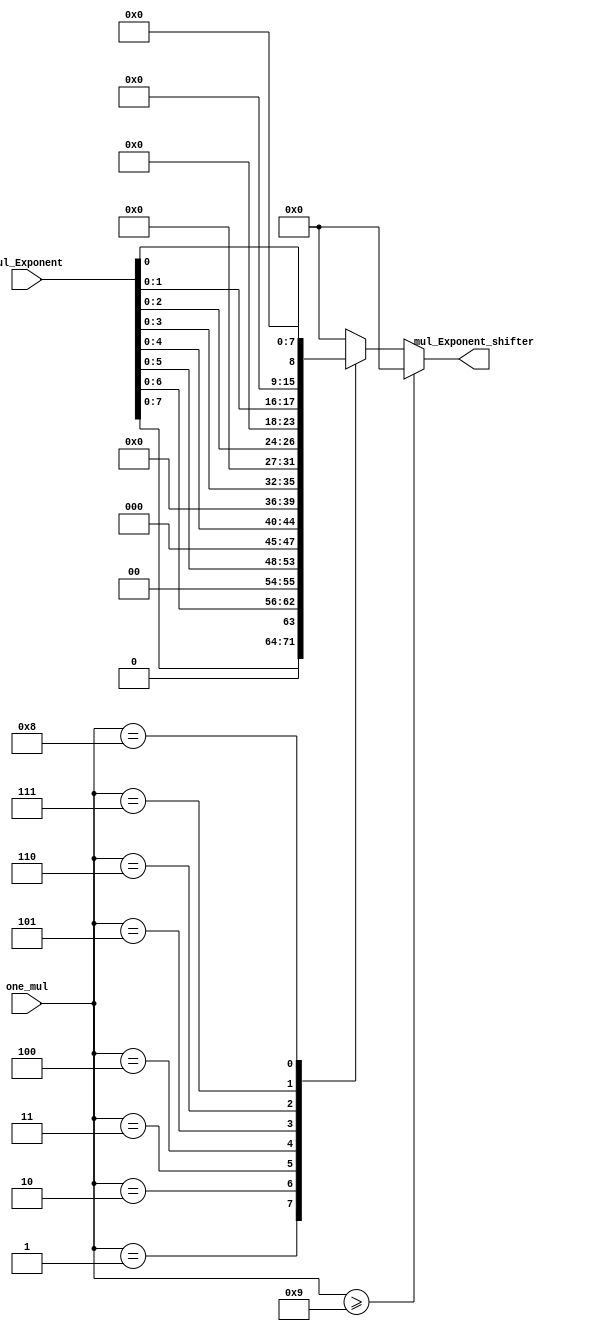
`timescale 1ns / 1ps
module Shifter_mul(
    input [5:0] one_mul,
    input [8:0] mul_Exponent,
    
    output [8:0] mul_Exponent_shifter
    );
reg [8:0] ShOut;
always @(*) begin
    if(one_mul >= 6'd9) begin
        ShOut = 9'd0;
    end else begin
        case(one_mul)
 
            5'd1:ShOut = {mul_Exponent[7:0],{1{1'b0}}};
            5'd2:ShOut = {mul_Exponent[6:0],{2{1'b0}}};
            5'd3:ShOut = {mul_Exponent[5:0],{3{1'b0}}};
            5'd4:ShOut = {mul_Exponent[4:0],{4{1'b0}}};
            5'd5:ShOut = {mul_Exponent[3:0],{5{1'b0}}};
            5'd6:ShOut = {mul_Exponent[2:0],{6{1'b0}}};
            5'd7:ShOut = {mul_Exponent[1:0],{7{1'b0}}};
            5'd8:ShOut = {mul_Exponent[0],{8{1'b0}}};
            default:ShOut = 9'd0;
        endcase       
    end
end   
assign mul_Exponent_shifter = ShOut; 
endmodule